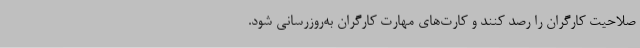
صلاحیت کارگران را رصد کنند و کارت‌های مهارت کارگران به‌روزرسانی شود.